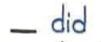
- did